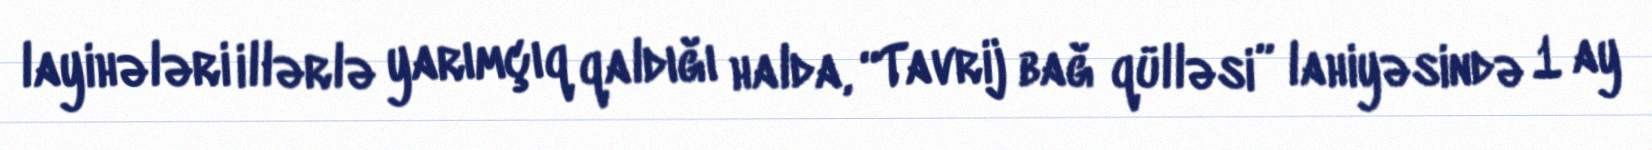
layihələri illərlə yarımçıq qaldığı halda, “Tavrij bağ qülləsi” lahiyəsində 1 ay